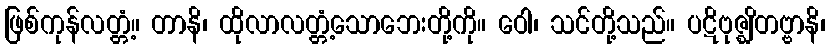
ဖြစ်ကုန်လတ္တံ့။ တာနိ၊ ထိုလာလတ္တံ့သောဘေးတို့ကို။ ဝေါ၊ သင်တို့သည်။ ပဋိဗုဇ္ဈိတဗ္ဗာနိ၊